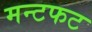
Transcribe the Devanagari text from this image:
मन्टफट